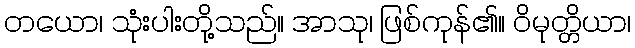
တယော၊ သုံးပါးတို့သည်။ အာသု၊ ဖြစ်ကုန်၏။ ဝိမုတ္တိယာ၊